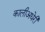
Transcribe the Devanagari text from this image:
कालीअधेरी